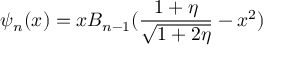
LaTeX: \psi _ { n } ( x ) = x B _ { n - 1 } ( { \frac { 1 + \eta } { \sqrt { 1 + 2 \eta } } } - x ^ { 2 } )